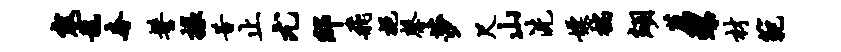
寇龙奢髻掾昔止尤邸飞挹馨莎尺山洗嫖揣翊荐螺材范